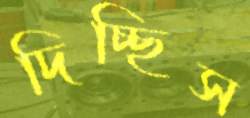
দিচ্ছিস